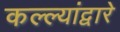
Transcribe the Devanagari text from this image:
कल्ल्यांद्वारे